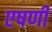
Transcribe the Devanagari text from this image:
एषणी